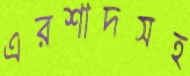
এরশাদসহ